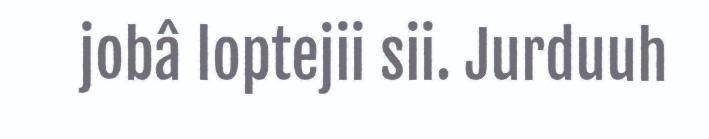
jobâ loptejii sii. Jurduuh